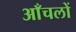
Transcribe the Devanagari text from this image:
आँचलों